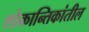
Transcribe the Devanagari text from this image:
शोकान्तिकांतील